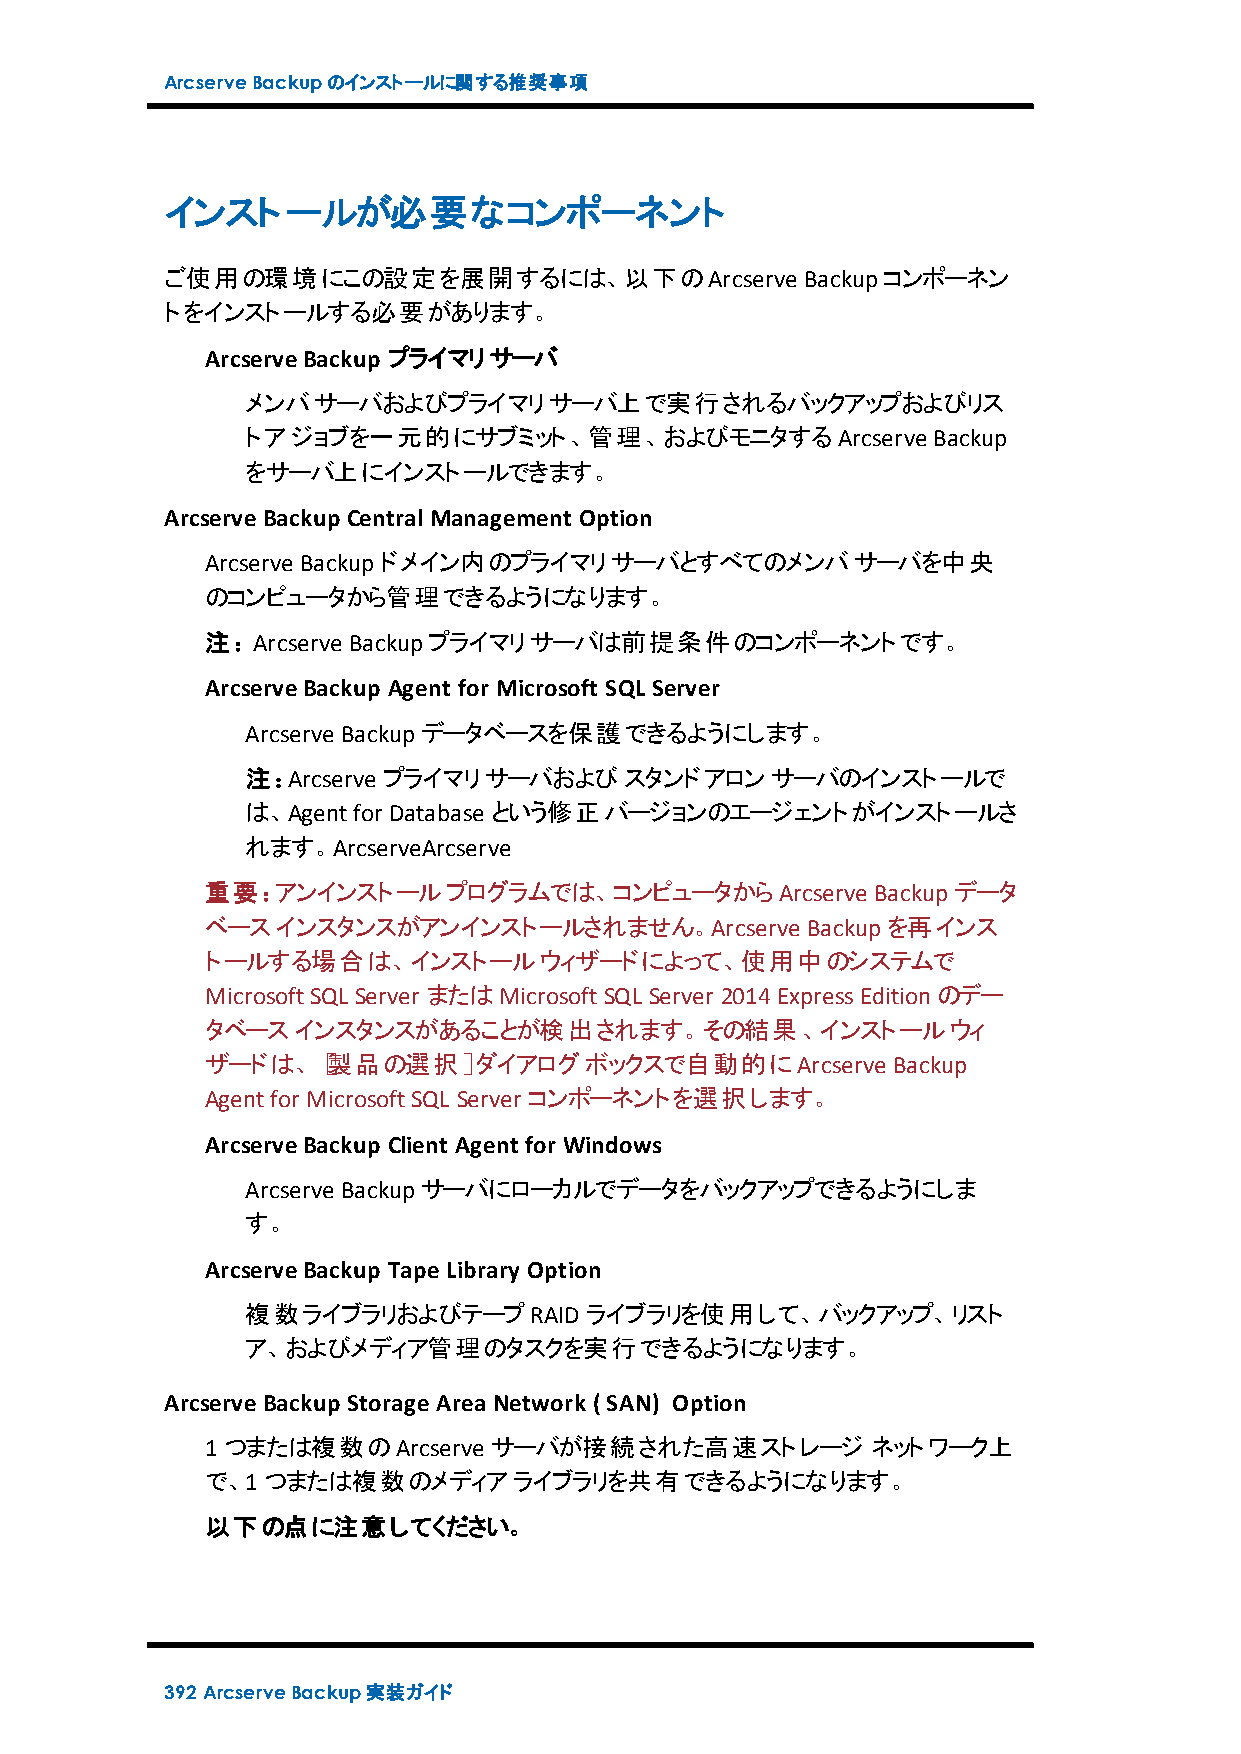
ArcserveBackupのインストールに関する推奨事項
 インストールが必要なコンポーネント
 ご使用の環境にこの設定を展開するには、以下のArcserve            Backupコンポーネン
 トをインストールする必要があります。
 ArcserveBackup プライマリサーバ
 メンバサーバおよびプライマリサーバ上で実行されるバックアップおよびリス
 トアジョブを一元的にサブミット、管理、およびモニタするArcserve           Backup
 をサーバ上にインストールできます。
 ArcserveBackup Central Management Option
 Arcserve Backupドメイン内のプライマリサーバとすべてのメンバサーバを中央
 のコンピュータから管理できるようになります。
 注：Arcserve Backupプライマリサーバは前提条件のコンポーネントです。
 ArcserveBackup Agent for Microsoft SQL Server
 Arcserve Backupデータベースを保護できるようにします。
 注：Arcserve プライマリサーバおよびスタンドアロンサーバのインストールで
 は、Agentfor Database という修正バージョンのエージェントがインストールさ
 れます。ArcserveArcserve
 重要：アンインストールプログラムでは、コンピュータからArcserve         Backupデータ
 ベースインスタンスがアンインストールされません。Arcserve       Backupを再インス
 トールする場合は、インストールウィザードによって、使用中のシステムで
 MicrosoftSQL Server またはMicrosoftSQL Server 2014ExpressEditionのデー
 タベースインスタンスがあることが検出されます。その結果、インストールウィ
 ザードは、［製品の選択］ダイアログボックスで自動的にArcserve           Backup
 Agentfor MicrosoftSQL Server コンポーネントを選択します。
 ArcserveBackup Client Agent for Windows
 Arcserve Backupサーバにローカルでデータをバックアップできるようにしま
 す。
 ArcserveBackup TapeLibrary Option
 複数ライブラリおよびテープRAID      ライブラリを使用して、バックアップ、リスト
 ア、およびメディア管理のタスクを実行できるようになります。
 ArcserveBackup StorageArea Network ( SAN) Option
 1つまたは複数のArcserve  サーバが接続された高速ストレージ          ネットワーク上
 で、1つまたは複数のメディアライブラリを共有できるようになります。
 以下の点に注意してください。
 392 ArcserveBackup実装ガイド